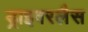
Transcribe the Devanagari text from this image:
ड्राइवरलैस